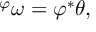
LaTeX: { } ^ { \varphi } \omega = \varphi ^ { * } \theta ,